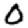
Digit: 0